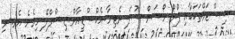
ސިސްޓަމްތަކަކާއި ޕްރޯ މޯޝަން ސުޕަ ރެޓިނާ އެކްސްޑީއާރް ޑިސްޕްލޭ ހިމެނެ އެވެ. މި